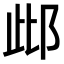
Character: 𨚖